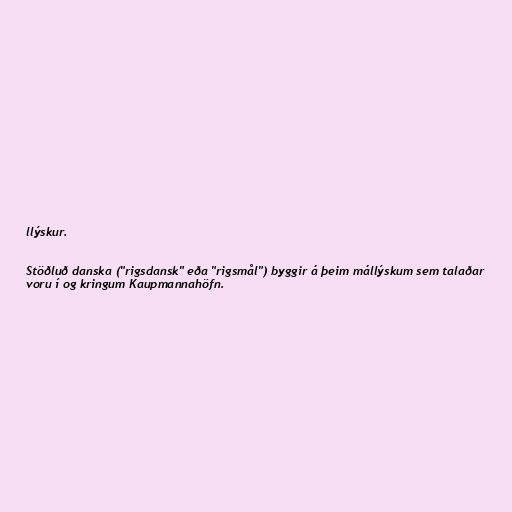
llýskur.

Stöðluð danska ("rigsdansk" eða "rigsmål") byggir á þeim mállýskum sem talaðar
voru í og kringum Kaupmannahöfn.